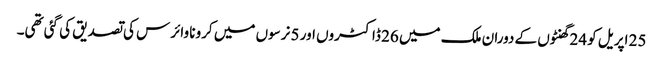
25 اپریل کو 24 گھنٹوں کے دوران ملک میں 26 ڈاکٹروں اور 5 نرسوں میں کرونا وائرس کی تصدیق کی گئی تھی۔